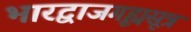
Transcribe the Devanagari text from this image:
भारद्वाजगृह्यसूत्र